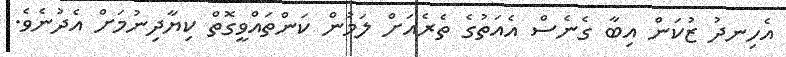
އެހިނދު ޒުކަން އިބާ ގެނެސް އެއަތުގެ ތެރެއަށް ލަމުން ކަންތައްވީގޮތް ކިޔާދިނުމަށް އެދުނެވެ.